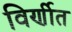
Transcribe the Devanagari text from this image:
विर्णीत